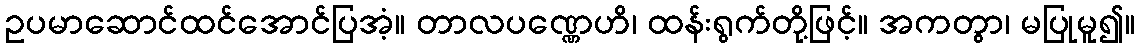
ဥပမာဆောင်ထင်အောင်ပြအံ့။ တာလပဏ္ဏေဟိ၊ ထန်းရွက်တို့ဖြင့်။ အကတွာ၊ မပြုမူ၍။